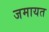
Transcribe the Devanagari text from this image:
जमायत